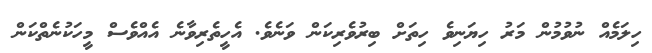
ހިލަމެއް ނުވުމުން މަރު ހިޔަނިވެ ހިތަށް ބިރުވެރިކަން ވަނެވެ. އެހީތެރިވާނެ އެއްވެސް މީހަކުނެތްކަން